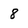
Character: 8